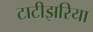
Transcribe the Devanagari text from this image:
टाटीझरिया